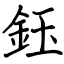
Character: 鈺